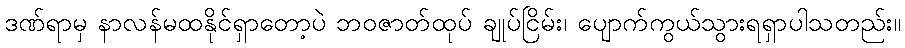
ဒဏ်ရာမှ နာလန်မထနိုင်ရှာတော့ပဲ ဘဝဇာတ်ထုပ် ချုပ်ငြိမ်း၊ ပျောက်ကွယ်သွားရရှာပါသတည်း။